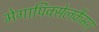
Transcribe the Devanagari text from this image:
मेगापिक्सेलकैमरा